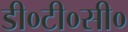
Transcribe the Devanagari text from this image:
डी०टी०सी०